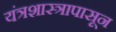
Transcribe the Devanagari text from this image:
यंत्रशास्त्रापासून